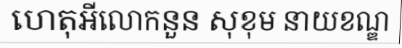
ហេតុអីលោកនួន សុខុម នាយខណ្ឌ